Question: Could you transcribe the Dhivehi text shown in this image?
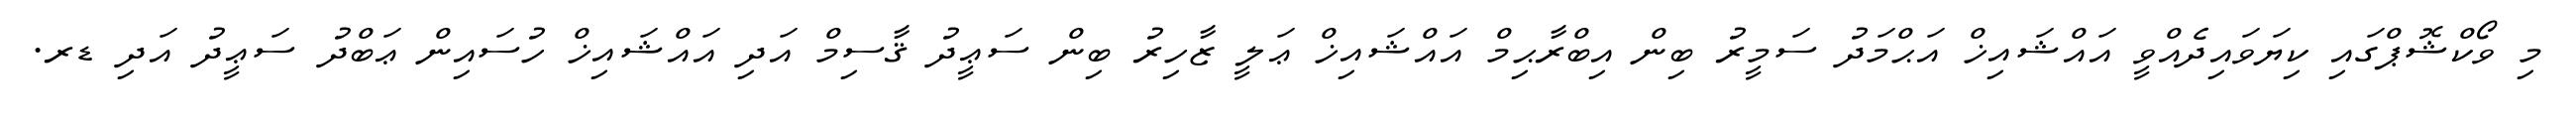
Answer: މި ވޯކްޝޮޕްގައި ކިޔަވައިދެއްވީ އައްޝައިޚް އަޙްމަދު ސަމީރު ބިން އިބްރާޙިމް އައްޝައިޚް ޢަލީ ޒާހިރު ބިން ސަޢީދު ޤާސިމް އަދި އައްޝައިޚް ހުސައިން ޢަބްދު ސަޢީދު އަދި ޑރ.